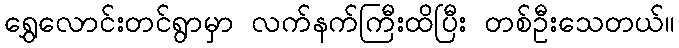
ရွှေလောင်းတင်ရွာမှာ လက်နက်ကြီးထိပြီး တစ်ဦးသေတယ်။